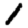
Digit: 1